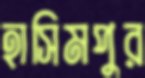
হাসিমপুর